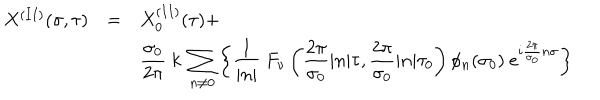
\begin{array} { l c l } { { X ^ { ( I I ) } ( \sigma , \tau ) } } & { { = } } & { { { \displaystyle X _ { 0 } ^ { ( I I ) } ( \tau ) + } } } \\ { { } } & { { } } & { { { \displaystyle \frac { \sigma _ { 0 } } { 2 \pi } ~ k ~ \sum _ { n \neq 0 } ^ { } \left\{ \frac { 1 } { | n | } ~ F _ { \nu } \left( \frac { 2 \pi } { \sigma _ { 0 } } | n | \tau , \frac { 2 \pi } { \sigma _ { 0 } } | n | \tau _ { 0 } \right) \phi _ { n } ( \sigma _ { 0 } ) ~ e ^ { i \frac { 2 \pi } { \sigma _ { 0 } } n \sigma } \right\} } } } \\ \end{array}